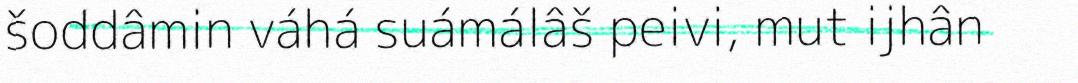
šoddâmin váhá suámálâš peivi, mut ijhân